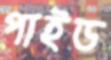
পাইড